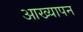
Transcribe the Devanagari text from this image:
आख्यापन